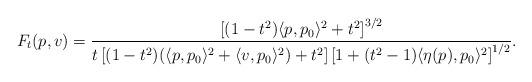
LaTeX: \begin{align*}F_t(p,v) = \frac{\left[ (1-t^2) \langle p, p_0 \rangle^2 + t^2 \right]^{3/2}}{t \left[ (1-t^2) (\langle p, p_0 \rangle^2 + \langle v, p_0 \rangle^2) + t^2 \right] \left[ 1 + (t^2-1) \langle \eta(p), p_0 \rangle^2 \right]^{1/2}}.\end{align*}